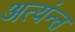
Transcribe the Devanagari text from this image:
अत्यंन्त